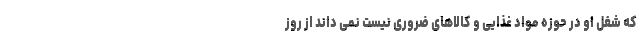
که شغل او در حوزه مواد غذایی و کالاهای ضروری نیست نمی داند از روز